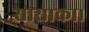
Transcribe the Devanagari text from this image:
सासाका।